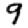
Digit: 9